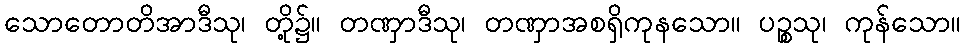
သောတောတိအာဒီသု၊ တို့၌။ တဏှာဒီသု၊ တဏှာအစရှိကုနသော။ ပဉ္စသု၊ ကုန်သော။